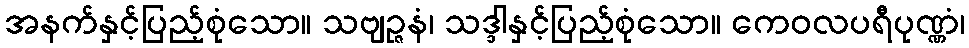
အနက်နှင့်ပြည့်စုံသော။ သဗျဉ္ဇနံ၊ သဒ္ဒါနှင့်ပြည့်စုံသော။ ကေဝလပရီပုဏ္ဏံ၊